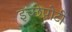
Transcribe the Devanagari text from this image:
इच्छेपोटी